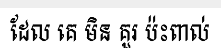
ដែល គេ មិន គួរ ប៉ះពាល់